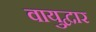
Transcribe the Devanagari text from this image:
वायुद्वार